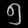
Digit: ၅